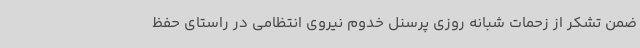
ضمن تشکر از زحمات شبانه روزی پرسنل خدوم نیروی انتظامی در راستای حفظ